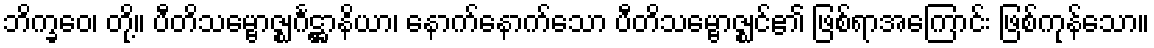
ဘိက္ခဝေ၊ တို့။ ပီတိသမ္ဗောဇ္ဈင်္ဂဋ္ဌာနိယာ၊ နောက်နောက်သော ပီတိသမ္ဗောဇ္ဈင်၏ ဖြစ်ရာအကြောင်း ဖြစ်ကုန်သော။